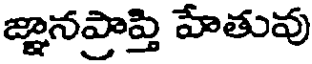
జ్ఞానప్రాప్తి హేతువు